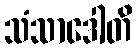
သံသာဒေါတိ